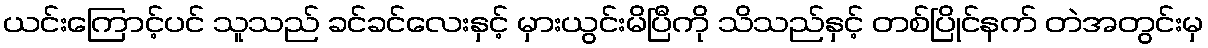
ယင်းကြောင့်ပင် သူသည် ခင်ခင်လေးနှင့် မှားယွင်းမိပြီကို သိသည်နှင့် တစ်ပြိုင်နက် တဲအတွင်းမှ